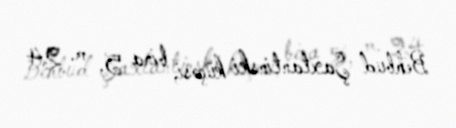
Behbud Şaxtantinski küçəsi, bina 5, m. 24